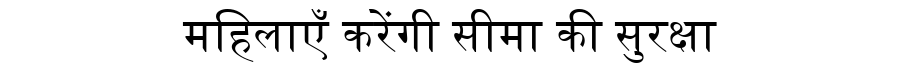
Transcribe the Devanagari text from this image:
महिलाएँ करेंगी सीमा की सुरक्षा